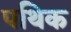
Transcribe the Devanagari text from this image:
पथिक